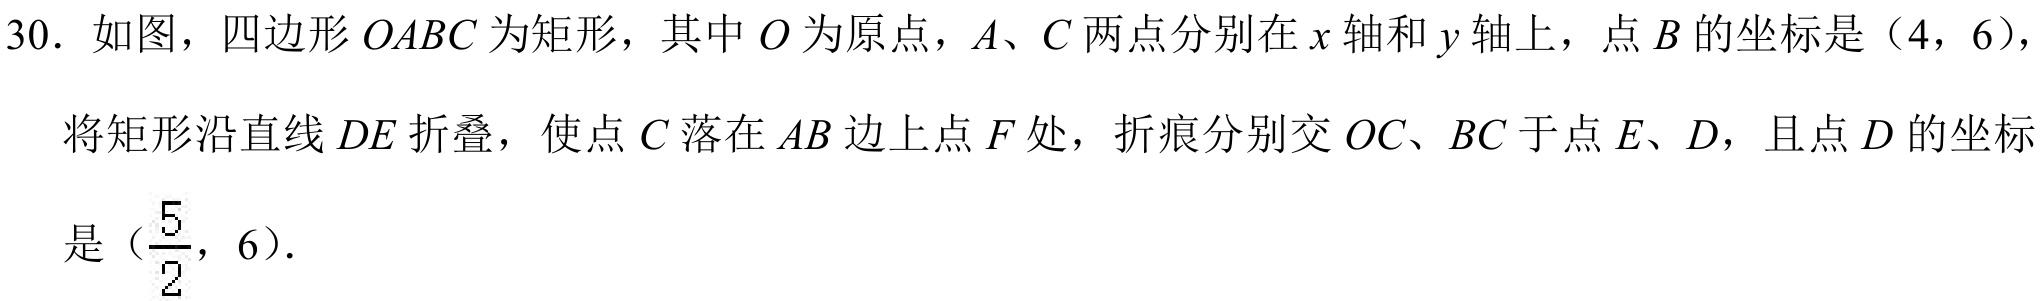
30. 如图，四边形\(OABC\)为矩形，其中\(O\)为原点，\(A\)、\(C\)两点分别在\(x\)轴和\(y\)轴上，点\(B\)的坐标是（4，6），将矩形沿直线\(DE\)折叠，使点\(C\)落在\(AB\)边上点\(F\)处，折痕分别交\(OC\)、\(BC\)于点\(E\)、\(D\)，且点\(D\)的坐标是（\(\frac{5}{2}\)，6）．